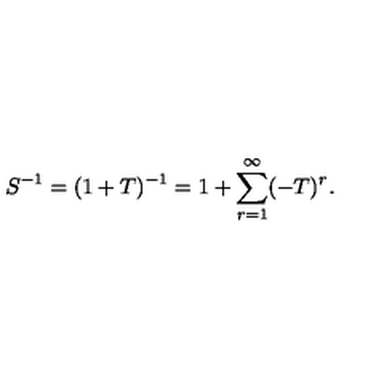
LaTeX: S ^ { - 1 } = ( 1 + T ) ^ { - 1 } = 1 + \sum _ { r = 1 } ^ { \infty } ( - T ) ^ { r } .